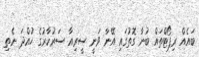
ބައެއް ރިޕޯޓްތައް ބުނާ ގޮތުގައި އޭނާ ވަނީ ސީރިއާ ސަރުކާރުގެ ހުއްދަ ނެތި